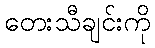
တေးသီချင်းကို